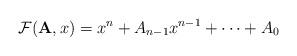
LaTeX: \begin{align*}\mathcal F (\mathbf A,x) = x^n+A_{n-1}x^{n-1} + \dots +A_0\end{align*}